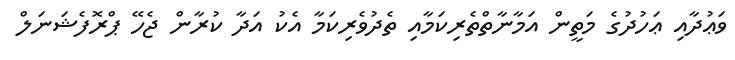
ވަޢުދާއި ޢަހުދުގެ މަތީން އަމާނާތްތެރިކަމާއި ތެދުވެރިކަމާ އެކު އަދާ ކުރާން ޖެހޭ ޕްރޮފެޝަނަލް